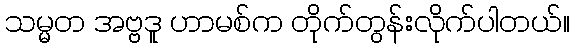
သမ္မတ အဗ္ဗဒူ ဟာမစ်က တိုက်တွန်းလိုက်ပါတယ်။